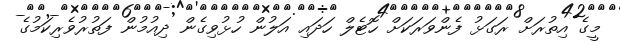
މީގެ އިތުރަށް ރަގަޅު ފެންވަރަކަށް ހޮޓެލް ހަދައި އަލުން ހުޅުވިގެން ދިއުމުން ފަތުރުވެރިކަމުގެ